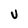
Character: U